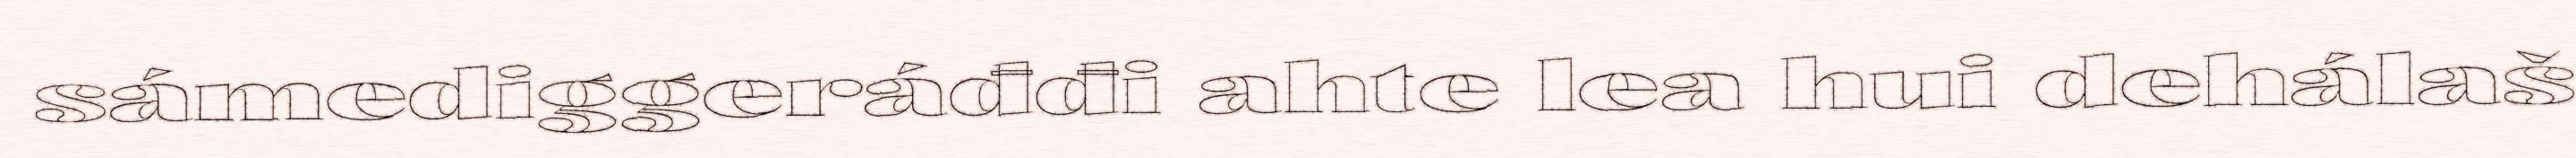
sámediggeráđđi ahte lea hui dehálaš